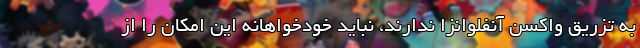
به تزریق واکسن آنفلوانزا ندارند، نباید خودخواهانه این امکان را از